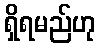
ရှိရမည်ဟု